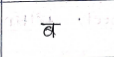
मजकूर: ब